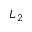
L _ { 2 }